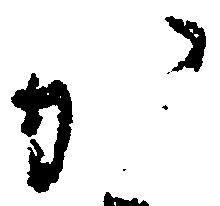
か